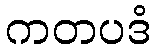
ကတပဒံ